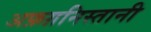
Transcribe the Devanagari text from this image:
अफ़ग़निस्तानी